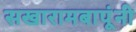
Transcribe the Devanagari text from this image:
सखारामबापूंनी